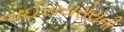
વાઈસયરોયની